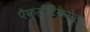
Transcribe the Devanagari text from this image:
पैक्लीटैक्सेल